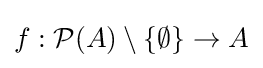
f:{\mathcal {P}}(A)\setminus \{\emptyset \}\to A